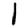
Digit: 1